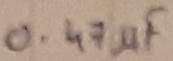
Text: 0.47µF